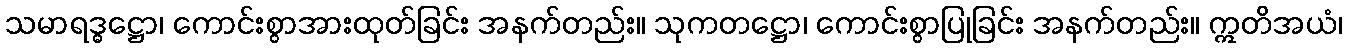
သမာရဒ္ဓဋ္ဌော၊ ကောင်းစွာအားထုတ်ခြင်း အနက်တည်း။ သုကတဋ္ဌော၊ ကောင်းစွာပြုခြင်း အနက်တည်း။ ဣတိအယံ၊